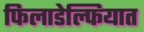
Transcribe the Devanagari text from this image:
फिलाडेल्फियात